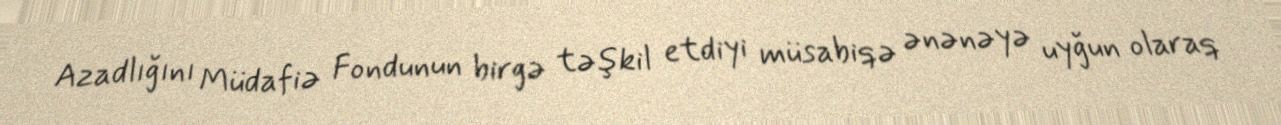
Azadlığını Müdafiə Fondunun birgə təşkil etdiyi müsabiqə ənənəyə uyğun olaraq